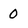
Character: 0